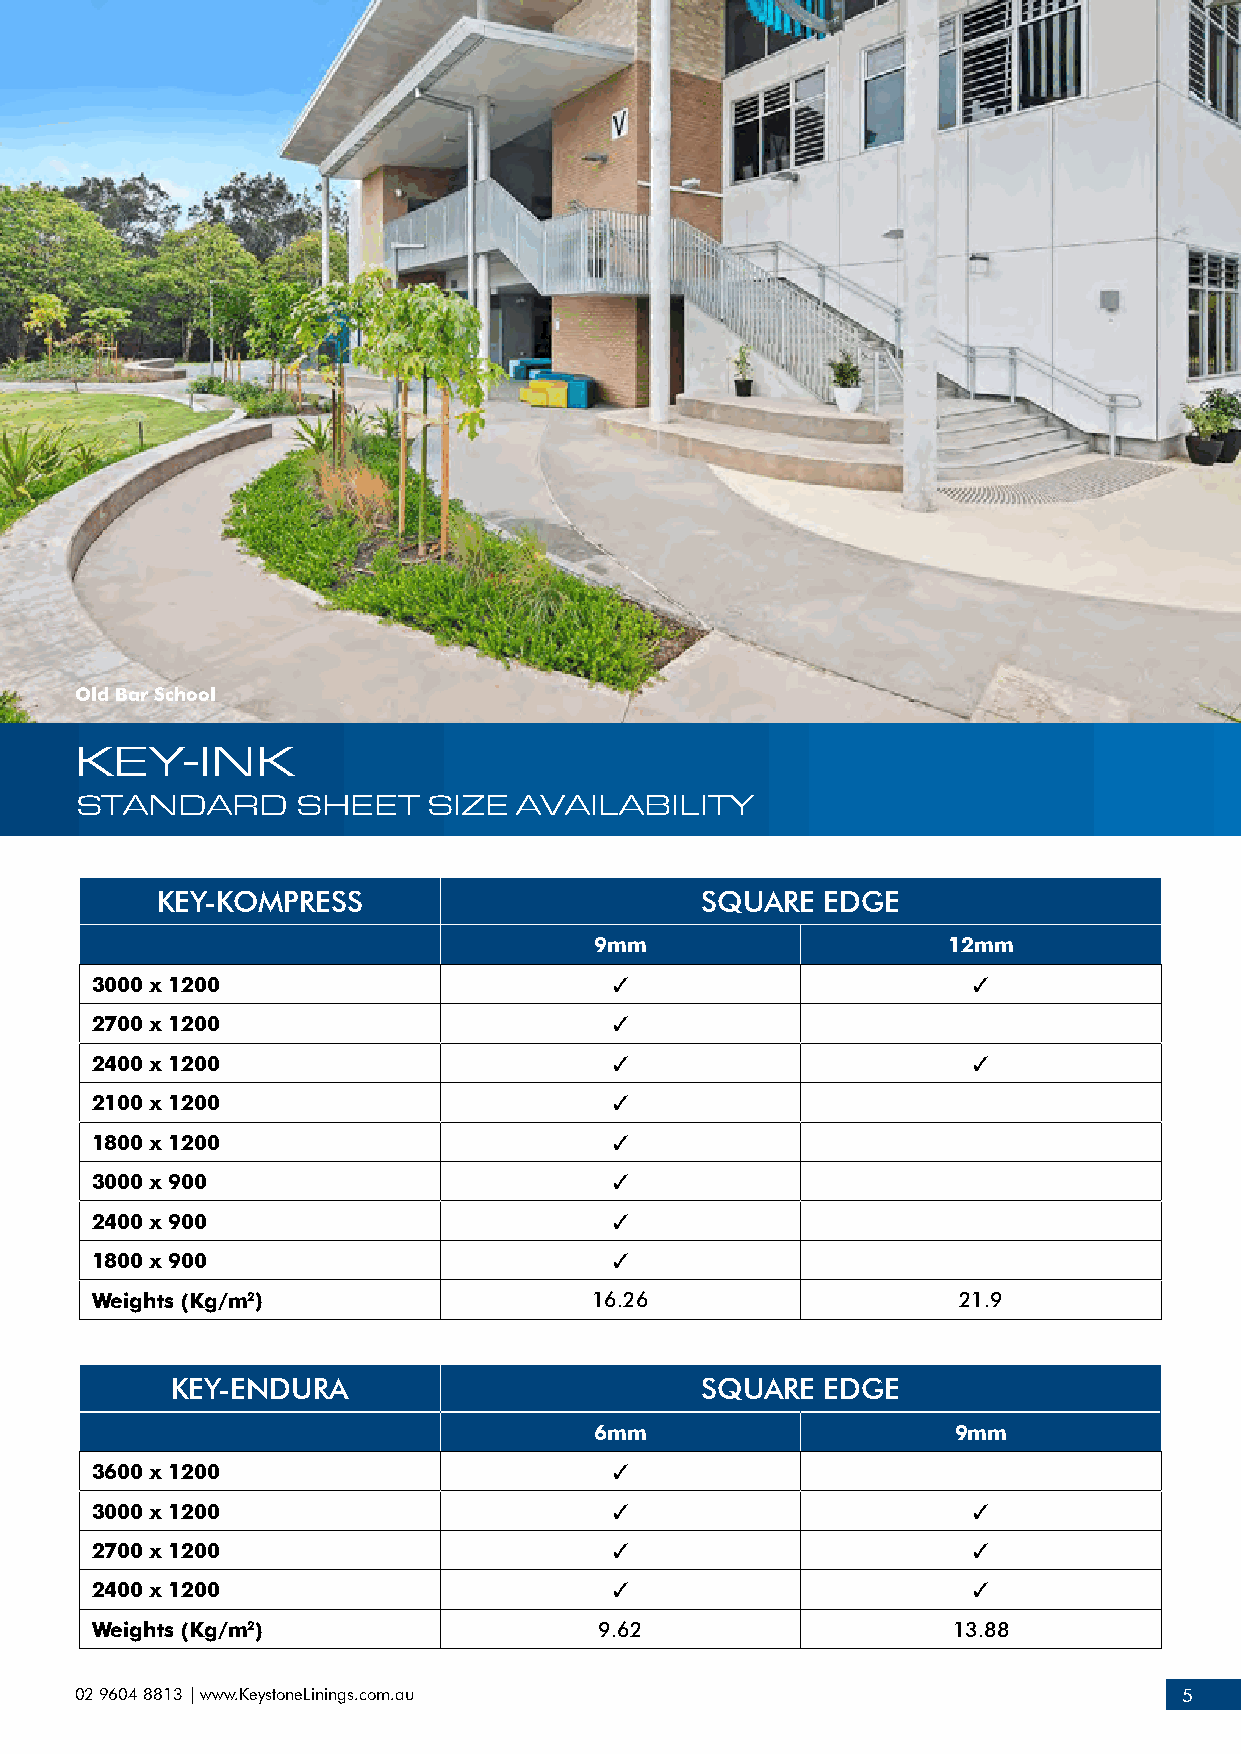
Old Bar School
 KEY-INK
 STANDARD       SHEET   SIZE  AVAILABILITY
 KEY-KOMPRESS                        SQUARE   EDGE
 9mm                     12mm
 3000 x 1200                        3                      3
 2700 x 1200                        3
 2400 x 1200                        3                      3
 2100 x 1200                        3
 1800 x 1200                        3
 3000 x 900                         3
 2400 x 900                         3
 1800 x 900                         3
 Weights (Kg/m2)                  16.26                   21.9
 KEY-ENDURA                         SQUARE   EDGE
 6mm                     9mm
 3600 x 1200                        3
 3000 x 1200                        3                      3
 2700 x 1200                        3                      3
 2400 x 1200                        3                      3
 Weights (Kg/m2)                   9.62                   13.88
 02 9604 8813 | www.KeystoneLinings.com.au                                5